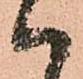
ハ